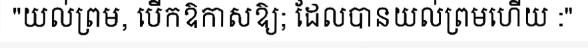
"យល់ព្រម, បើកឱកាសឱ្យ; ដែលបានយល់ព្រមហើយ :"